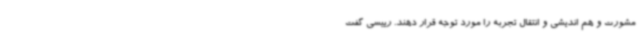
مشورت و هم اندیشی و انتقال تجربه را مورد توجه قرار دهند. رییسی گفت